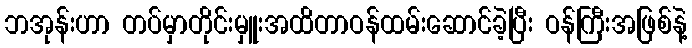
ဘအုန်းဟာ တပ်မှာတိုင်းမှူးအထိတာဝန်ထမ်းဆောင်ခဲ့ပြီး ဝန်ကြီးအဖြစ်နဲ့